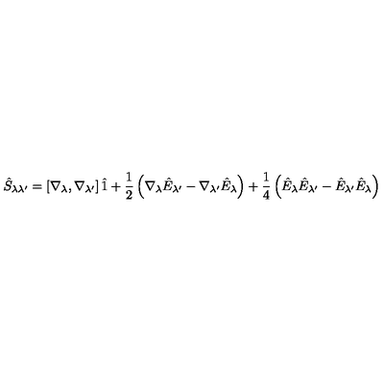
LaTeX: \hat { S } _ { \lambda \lambda ^ { \prime } } = \left[ \nabla _ { \lambda } , \nabla _ { \lambda ^ { \prime } } \right] \hat { 1 } + \frac { 1 } { 2 } \left( \nabla _ { \lambda } \hat { E } _ { \lambda ^ { \prime } } - \nabla _ { \lambda ^ { \prime } } \hat { E } _ { \lambda } \right) + \frac { 1 } { 4 } \left( \hat { E } _ { \lambda } \hat { E } _ { \lambda ^ { \prime } } - \hat { E } _ { \lambda ^ { \prime } } \hat { E } _ { \lambda } \right)